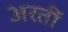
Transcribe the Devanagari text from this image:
अरतीं